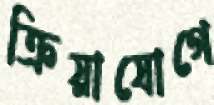
ক্রিয়াযোগে